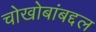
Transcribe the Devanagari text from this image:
चोखोबांबद्दल